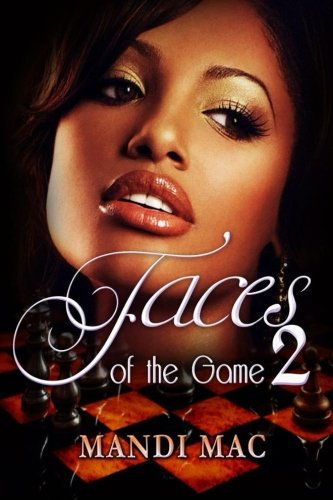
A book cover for Faces of the Game 2 (Volume 2); Mandi Mac; Literature & Fiction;